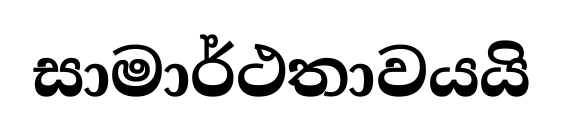
සාමාර්ථතාවයයි